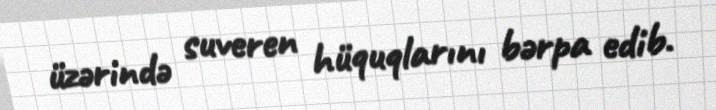
üzərində suveren hüquqlarını bərpa edib.